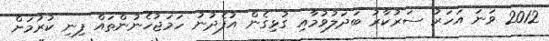
2012 ވަނަ އަހަރު ސަރުކާރު ބަދަލުވުމާއި ގުޅިގެން އުފެދުނު ހަމަޖުހެނުންތައް ފިނި ކުރުމަށް